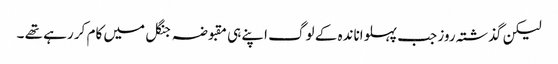
لیکن گذشتہ روز جب پہلواناندہ کے لوگ اپنے ہی مقبوضہ جنگل میں کام کر رہے تھے ۔